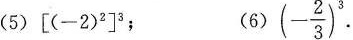
(5) $$[ ( - 2 ) ^ 2 ] ^ 3$$； (6) $$( - \frac { 2 } { 3 } ) ^ { 3 }$$.